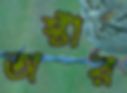
অস্টার